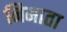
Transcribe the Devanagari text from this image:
निमाता